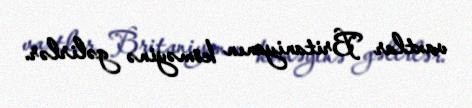
vaxtlar Britaniyanın köməyinə gəlirlər.